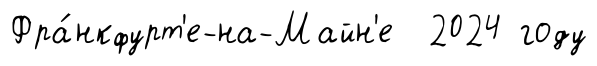
Фра́нкфурт'е-на-Майн'е 2024 году